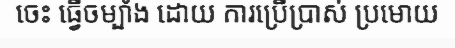
ចេះ ធ្វើចម្បាំង ដោយ ការប្រើប្រាស់ ប្រមោយ